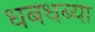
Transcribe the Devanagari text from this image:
धबधब्या